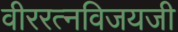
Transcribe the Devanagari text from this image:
वीररत्नविजयजी